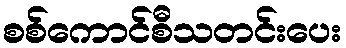
စစ်ကောင်စီသတင်းပေး